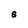
Character: S